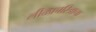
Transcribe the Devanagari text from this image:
लीळाचरित्राचा